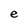
Character: e